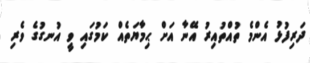
ދަރިފުޅު އެންމެ ތުއްތުއިރު އޭނާ އަށް ޙިމާޔަތެއް ކަމުގައި ވީ އުނގުގެ ވެރި